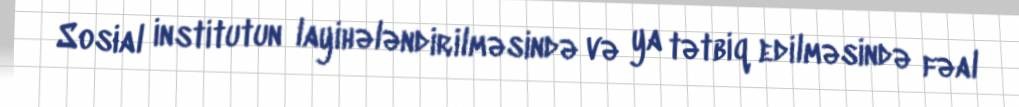
Sosial institutun layihələndirilməsində və ya tətbiq edilməsində fəal